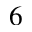
6